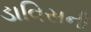
ડાવિસની